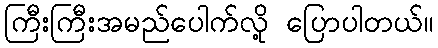
ကြီးကြီးအမည်ပေါက်လို့ ပြောပါတယ်။